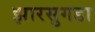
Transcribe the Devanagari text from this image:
झारसुगडा